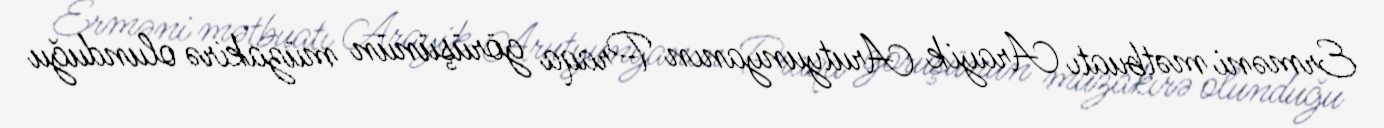
Erməni mətbuatı Arayik Arutyunyanın Praqa görüşünün müzakirə olunduğu